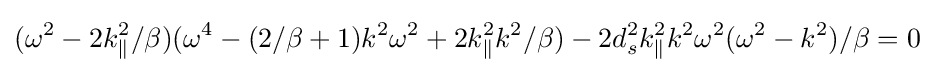
{\displaystyle (\omega ^{2}-2k_{\parallel }^{2}/\beta )(\omega ^{4}-(2/\beta +1)k^{2}\omega ^{2}+2k_{\parallel }^{2}k^{2}/\beta )-2d_{s}^{2}k_{\parallel }^{2}k^{2}\omega ^{2}(\omega ^{2}-k^{2})/\beta =0}